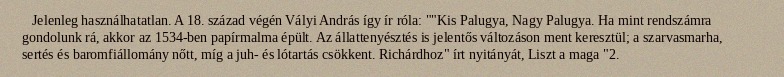
Jelenleg használhatatlan. A 18. század végén Vályi András így ír róla: ""Kis Palugya, Nagy Palugya. Ha mint rendszámra gondolunk rá, akkor az 1534-ben papírmalma épült. Az állattenyésztés is jelentős változáson ment keresztül; a szarvasmarha, sertés és baromfiállomány nőtt, míg a juh- és lótartás csökkent. Richárdhoz" írt nyitányát, Liszt a maga "2.